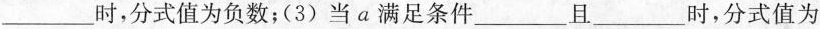
___时，分式值为负数；(3)当a满足条件___且___时，分式值为